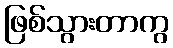
ဖြစ်သွားတာကွ